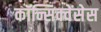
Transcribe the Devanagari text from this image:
कॉन्सिक्वेंसेस